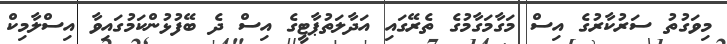
މިވަގުތު ސަރުކާރުގެ އިސް މަގާމަގާމުގެ ތެރޭގައި އަދާލަތުޕާޓީގެ އިސް ދެ ބޭފުޅުންކަމުގައިވާ އިސްލާމިކް